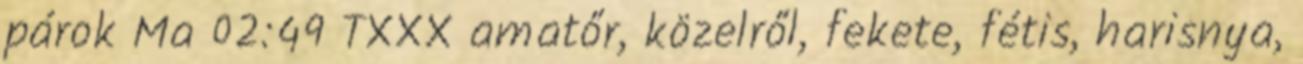
párok Ma 02:49 TXXX amatőr, közelről, fekete, fétis, harisnya,